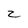
Character: z